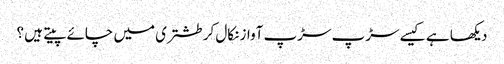
دیکھا ہے کیسے سڑپ سڑپ آواز نکال کر طشتری میں چائے پیتے ہیں ؟